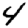
Digit: 4